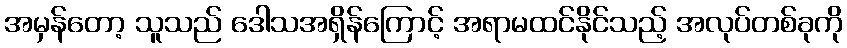
အမှန်တော့ သူသည် ဒေါသအရှိန်ကြောင့် အရာမထင်နိုင်သည့် အလုပ်တစ်ခုကို